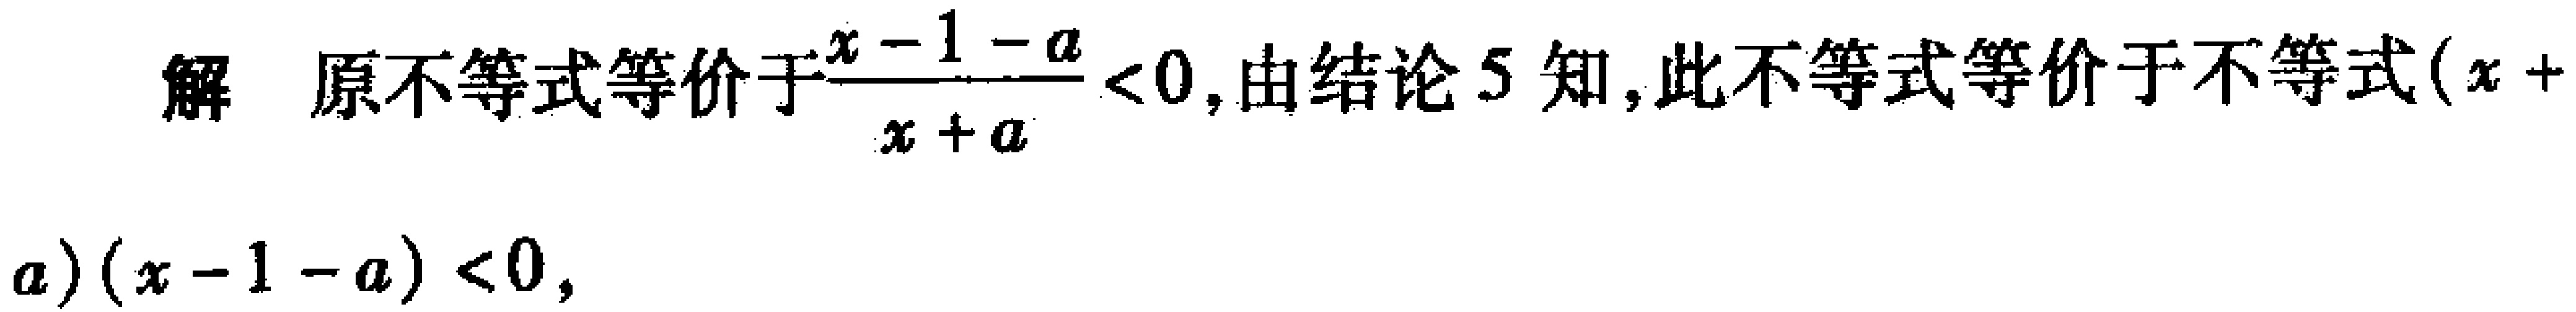
解 原不等式等价于$\frac{x - 1 - a}{x + a} < 0$, 由结论 5 知, 此不等式等价于不等式$(x + a)(x - 1 - a) < 0$,